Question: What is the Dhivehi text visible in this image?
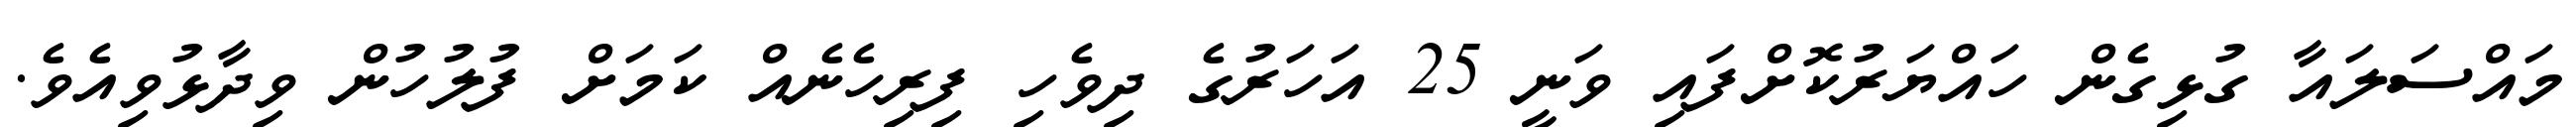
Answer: މައްސަލައާ ގުޅިގެން ހައްޔަރުކޮށްފައި ވަނީ 25 އަހަރުގެ ދިވެހި ފިރިހެނެއް ކަމަށް ފުލުހުން ވިދާޅުވިއެވެ.